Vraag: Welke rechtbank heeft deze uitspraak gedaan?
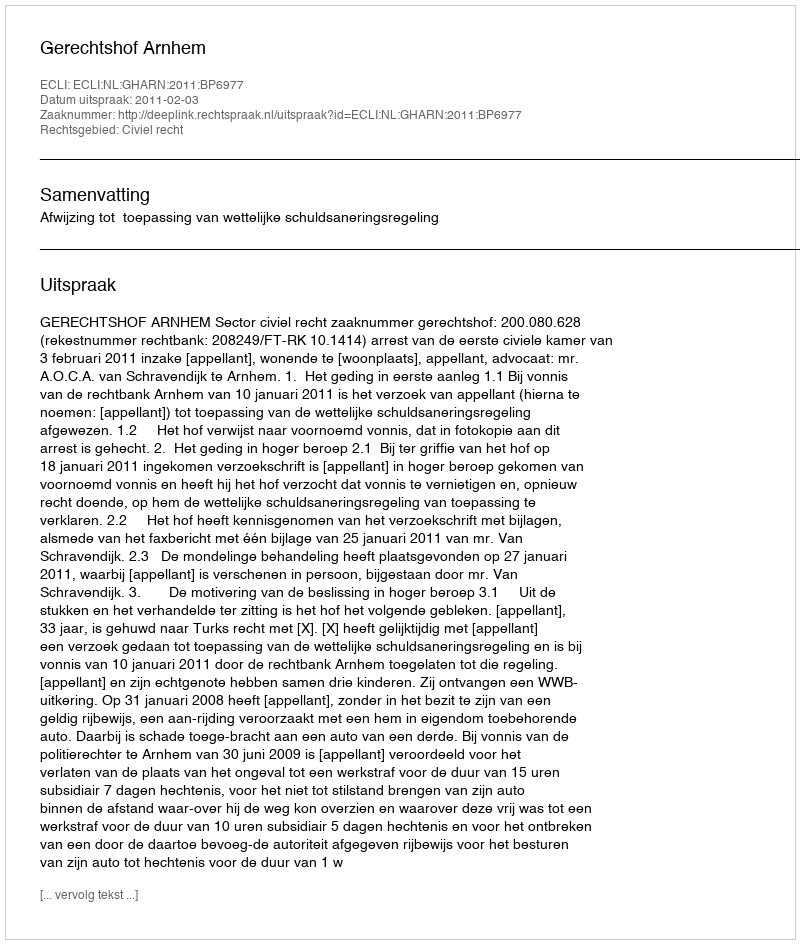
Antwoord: Gerechtshof Arnhem